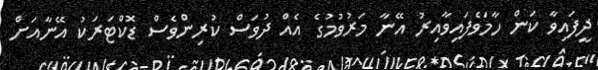
ދީފައިވާ ކަން ހާމަވެފައިވާއިރު އޭނާ މަރުވުމުގެ އެއް ދުވަސް ކުރިންވެސް ޑޮކްޓަރަކު އޭނާއަށް